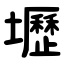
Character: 壢